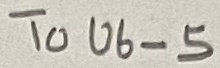
Text: ToU6-5